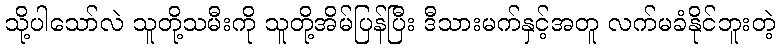
သို့ပါသော်လဲ သူတို့သမီးကို သူတို့အိမ်ပြန်ပြီး ဒီသားမက်နှင့်အတူ လက်မခံနိုင်ဘူးတဲ့